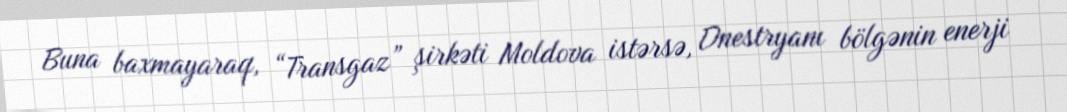
Buna baxmayaraq, “Transgaz” şirkəti Moldova istərsə, Dnestryanı bölgənin enerji